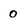
Character: 0